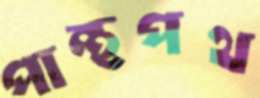
পান্থপথ